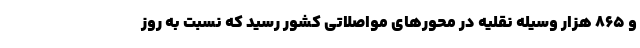
و ۸۶۵ هزار وسیله نقلیه در محورهای مواصلاتی کشور رسید که نسبت به روز